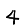
Digit: 4